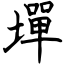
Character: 墠